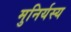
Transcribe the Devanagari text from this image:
मुनिर्यस्य